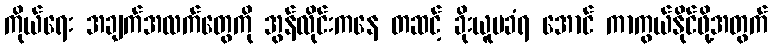
ကိုယ်ရေး အချက်အလက်တွေကို အွန်လိုင်းကနေ တဆင့် ခိုးယူမခံရ အောင် ကာကွယ်နိုင်ဖို့အတွက်